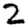
Digit: 2